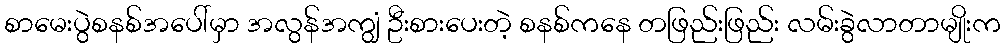
စာမေးပွဲစနစ်အပေါ်မှာ အလွန်အကျွံ ဦးစားပေးတဲ့ စနစ်ကနေ တဖြည်းဖြည်း လမ်းခွဲလာတာမျိုးက